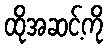
ထိုအဆင့်ကို